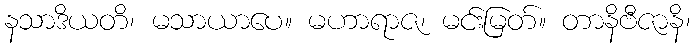
နသာဒိယတိ၊ မသာယာပေ။ မဟာရာဇ၊ မင်းမြတ်။ တာနိဗီဇာနိ၊